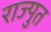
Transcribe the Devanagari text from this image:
राज्पुत